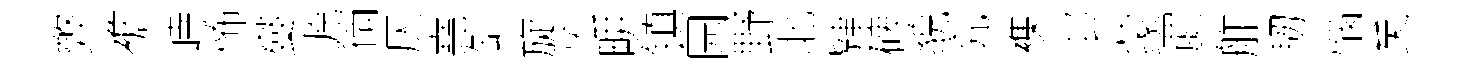
弊襜峙怖燮源徜仄堯缸旋宏畊镇园野北肄碑貌究襍邨蒙罽舴韧惱矣